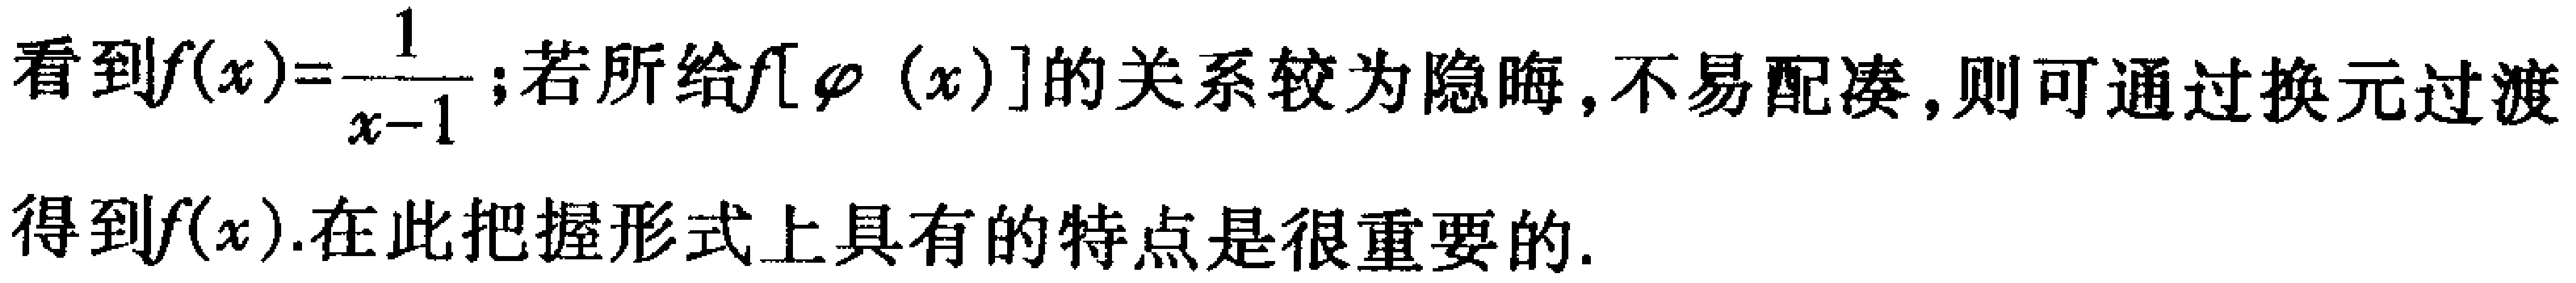
看到$f(x)=\frac{1}{x - 1}$; 若所给$f[\varphi(x)]$的关系较为隐晦, 不易配凑, 则可通过换元过渡得到$f(x)$. 在此把握形式上具有的特点是很重要的.